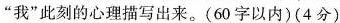
“我”此刻的心理描写出来。(60字以内)(4分)